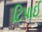
ટિપાઈ